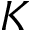
K